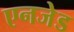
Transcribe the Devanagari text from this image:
एनजेड